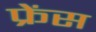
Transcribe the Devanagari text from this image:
फ्रेंस